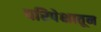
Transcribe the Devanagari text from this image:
परिपेक्षातून